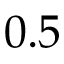
0 . 5